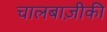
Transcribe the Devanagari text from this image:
चालबाज़ीकी